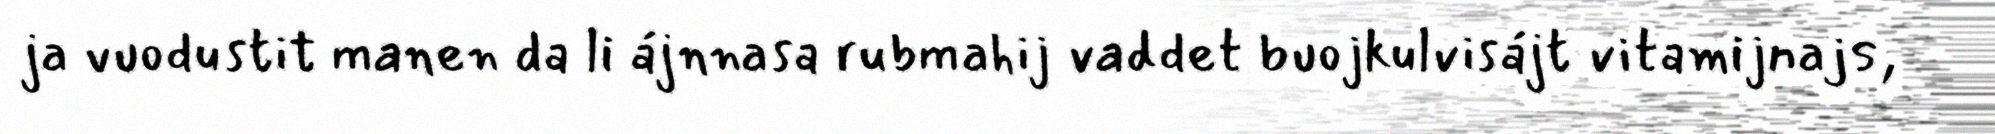
ja vuodustit manen da li ájnnasa rubmahij vaddet buojkulvisájt vitamijnajs,